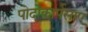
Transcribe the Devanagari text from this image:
पोदोकार्पसाए